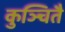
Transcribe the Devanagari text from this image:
कुञ्चितै